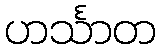
ဟင်္သာတ